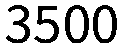
3500